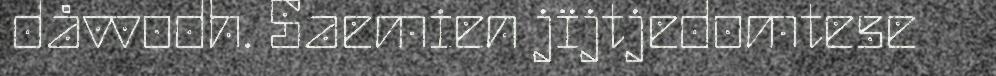
dåvvodh. Saemien jïjtjedomtese